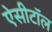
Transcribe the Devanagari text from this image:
ऐसीटॉल